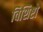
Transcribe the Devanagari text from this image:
विशिष्टो